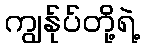
ကျွန်ုပ်တို့ရဲ့